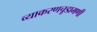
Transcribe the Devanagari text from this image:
व्याकरणचूडामणी